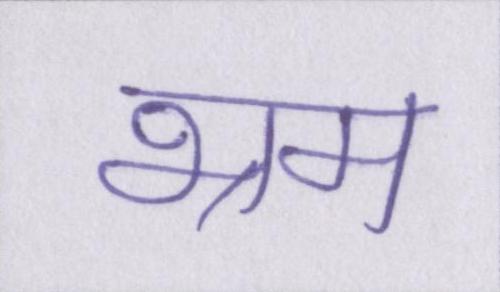
भ्रम